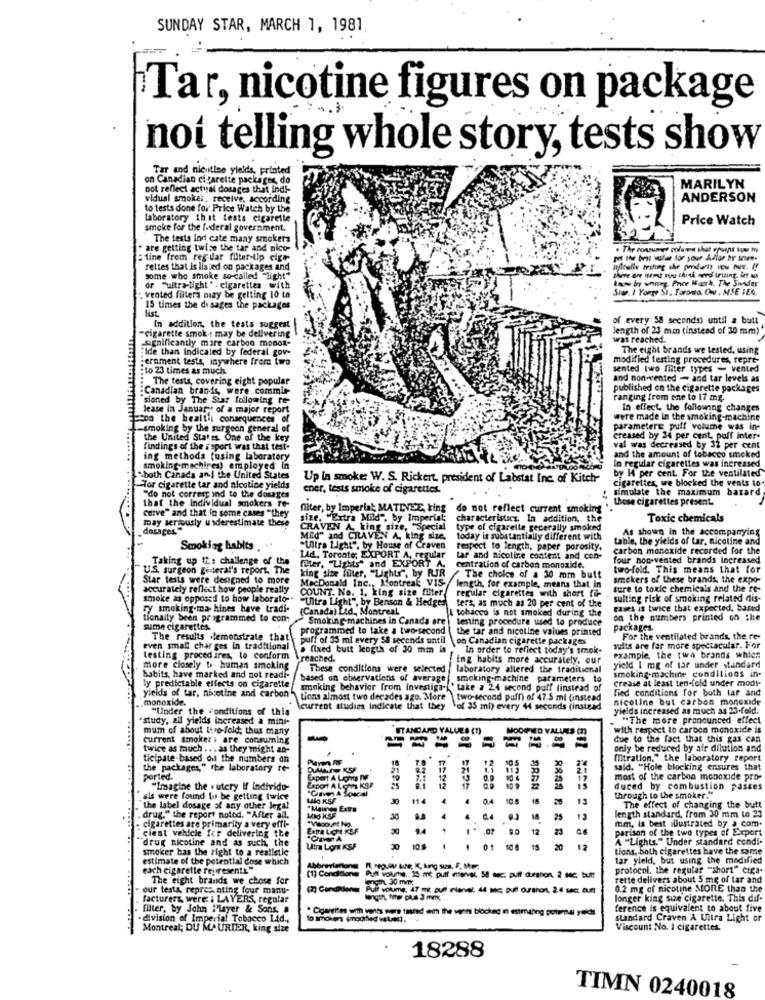
SUNDAY STAR, MARCH 1, 1981
Tar, nicotine figures on package
not telling whole story, tests show
Tar and nicutiee yields, printed
on Canadian ci farette packages, do
not reflect actual dosages that indi-
MARILYN
vidual smokes. receive, according
ANDERSON
to tests done for Price Watch by the
laboratory that tests cigaretle
Price Watch
smoke for the federal government.
The tests ind cate many smokers
are getting twise the tar and nico-
. The consumer column shat epouns tou to
:tine frem regular filter-ilp cige-
got the best voler for your Adlar by sen-
rettes that is listed on packages and
there are Hemt nou think med irting, int aus
some who smoke
smoke so-called "light"
know by whney. Price Watch. The Sundar
or "ultra-light " - cigarettes with
Star. I Yorge St. Foroma, Ons , MSE IEA
-. vented filters may be gelting 10 to
15 times the do sages the packages
of every 58 seconds) until a butt
In addition, the tests suggest
length of 23 mm (instead of 30 mm)
Significantly mare carbon monok-
cigarette smok-t may be delivering
was reached.
Ide than Indicated by federal gov-
The eight brands we tested, using
ernment tests, anywhere from two
modified testing procedures, repre-
: to 23 times as much.
sented two filter types = vented
The tests, covering eight popular
and non-vented - and tar levels as
:Canadian brands, were commis-
published on the cigarette packages
sioned by The Star following re-
ranging from ene to 17 mg.
lease in January of a major report
In effect the following changes
ccoo the healtit consequences of
were made in the smoking-machine
-smoking by the surgeon general of
parameters puff volume was in-
the United States One of the key
creased by 34 per cent. paff inter-
findings of the isport was that test-
val was decreased by 32 per cent
ing methods fusing laboratory
and the amount of tobacco smoked
In regular cigarettes was increased
smoking-machines) employed' In
by 14 per cent. For the ventilated
"both Canada and the United States
Up in smoke: W. S. Rickert. president of Labstat Inc. of Kitch
"cigarettes, we blocked the vents to.
-Tor cigarette tar and nicotine yields
ener, tests smoke of cigarettes.
simulate the maximum hazard
"do not corres ind to the dosages
. these cigarettes present.
Ceive" and that in some cases "they
that the individual smokers To-
filter, by Imperial MATEVEE, king
do not reflect current smoking
may seriously underestimate these
size, "Extra Mild", by Imperial;
characteristics, In addition, the
Toxic chemicals
king size, "Special
type of cigarelle gecerally smoked
As shown in the accompanying
MEd" and CRAVEN A, king size.
today is substantially different with
table, the yields of Lar, nicoline and
Smoking habits
"Ultra Light", by House of Craven
respect to length, paper porosity.
carbon monoxide recorded for the
Taking up the challenge of the
LAd, Torente; EXPORT A, regular
fler. "Lights" and EXPORT A.
tar and nicoline content and con-
four non-vented brands increased
US surgeon general's report, The
king size filter, "Lights", by RJR
centration of carbon monoxide.
two-fold. This means that for
Star tests were designed to more
MacDonald Inc ., Montreak VIS-
The choice of a 30 mm butt
smokers of these brands, the expo-
accurately reflect how people really
COUNT. No. 1. king size filter
regular cigarettes with short fil-
length, for example, means that in
sure to toxic chemicals and the re-
smoke as opposed to how laborato -.
"Ultra Light", by Benson & Hedges
ters, as much as 20 per cent of the
sulting risk of smoking related dis-
ry smoking-ma- hines have tradi.
(Canada) Lid ., Montreal
& tobacco is not smoked during the
cases is twice that expected, based
tionally been programmed to com
Smoking machines in Canada are
Lenting procedure used to produce
on the numbers printed on the
sume cigarettes.
programmed to take a two-second
the tar and nicotine values printed
packages.
The results demonstrate that
puff of 35 ml every 58 seconds until
on Canadian cigarette packages
For the ventilated brands, the re-
even small char ges in traditional
a fixed butt length of 30 mm is
In order to reflect today's smok-
suits are far more spectacular. For
testing procedires, to conform
reached.
ing habits more accurately, our
example, the two brands which
more closely to- human smoking
These conditions were selected
laboratory altered the traditional
yield 1 mg of tar under standard
smoking-machine conditions in.
habits, have marked and not readi-
based on observations of average
smoking-machine parameters to
crease at least ten-fold under modi-
ly predictable effects on cigarette
smoking behavior from investiga. " take a 24 second poff (instead of
fied conditions for both tar and
monoxide.
yields of tar, nicotine and carbon "tions almost two decades ago. More two-second puff) of 47.5 ml (instead
nicotine but carbon monoxide
"Under the conditions of this
\current studies Indicate that they
Let 35 ml) every 44 seconds (instead
yields increased as much as 23-fold.
"study, ail yields increased a mini-
"The more pronounced effect
mum of about turo-fold; thus many
STANDARD VALUES (T)
MOOIED VALUES (
with respect to carbon monoxide is
current smoker i are consuming
due to the fact that this gas can
twice as much .. . as they might an-
only be reduced by air dilution and
ticipate-based on the numbers on
16
(itration." the laboratory report
the packages," the laboratory re-
DUMATE KSF
21
36
said. "Hole blocking ensures that
ported.
Export A Loma Ie
19
most of the carbon monoxide pro-
"Imagine the cutery If individu-
Export A LOMS KOP
.Cinven A Spacal
LENN
15
duced by combustion passes
als were found to be getting turice
Mig KSF
30 114 4 4 0.4 10.8
13
through to the smoker."
the label dosage of any other legal
The effect of changing the butt
. drug," the report notod. "After al.
*Viscount No.
Mild KSE
30
4
04
25
length standard, from 30 mm to 23
- cigarettes are primarily a very effi-
ciest vehicle for delivering the
Extra LOM KSF
30
94
.
12
mm, is best illustrated by a com.
parison of the two types of Export
"drug nicotine and as such, the
A "Lights." Under standard condi-
smoker has the right to a realistic
Ultra Lont KSF
10.8
-- - - - -
108
15 20
12
tions, both cigarettes have the same
estimate of the potential dose which
tar yield, but using the modified
each cigarette represents"
Abbreviations
(1) Conditions
protocol, the regular "short" ciga-
The eight brands we chose for
30 mm
rette delivers about 5 mg of tar and
our tests, representing four manu-
0.2 mg of nicotine MORE than the
facturers, were i LAYERS, regular
longer king sue cigarette. This dif-
filter, by John Player & Sons, a
. Cigarettes with vents were tested ech the vents blöckeg i estmaling potensi yeldh
ference is equivalent to about five
. division of Imperial Tobacco Lid .,
to smokers (modified water).
standard Craven A Ultra Light or
Montreal; DU MAURIER, king size
Viscount No. I cigarettes.
18288
TIMN 0240018